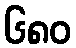
၆၈၀